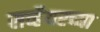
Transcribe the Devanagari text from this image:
सर्व्हेयरच्या